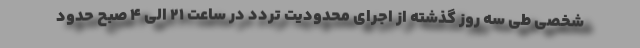
شخصی طی سه روز گذشته از اجرای محدودیت تردد در ساعت ۲۱ الی ۴ صبح حدود